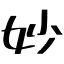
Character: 妙